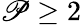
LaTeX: \mathscr{P}\ge2